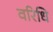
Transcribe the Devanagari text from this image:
वरिधि